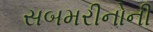
સબમરીનોની